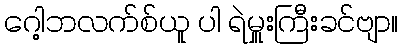
ဂေါ့ဘလက်စ်ယူ ပါ ရဲမှူးကြီးခင်ဗျာ။